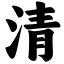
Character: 清